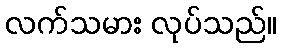
လက်သမား လုပ်သည်။